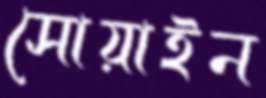
সোয়াইন